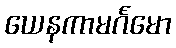
ယေနကာမင်္ဂမော